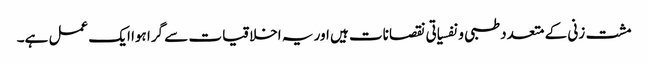
مشت زنی کے متعدد طبی و نفسیاتی نقصانات ہیں اور یہ اخلاقیات سے گرا ہوا ایک عمل ہے۔